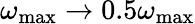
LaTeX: \omega_{\mathrm{max}}\to 0.5\omega_{\mathrm{max}}